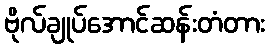
ဗိုလ်ချုပ်အောင်ဆန်းတံတား